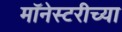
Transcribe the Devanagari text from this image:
मॉनेस्टरीच्या